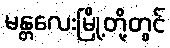
မန္တလေးမြို့တို့တွင်